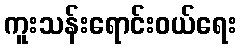
ကူးသန်းရောင်းဝယ်ရေး